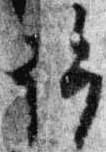
許